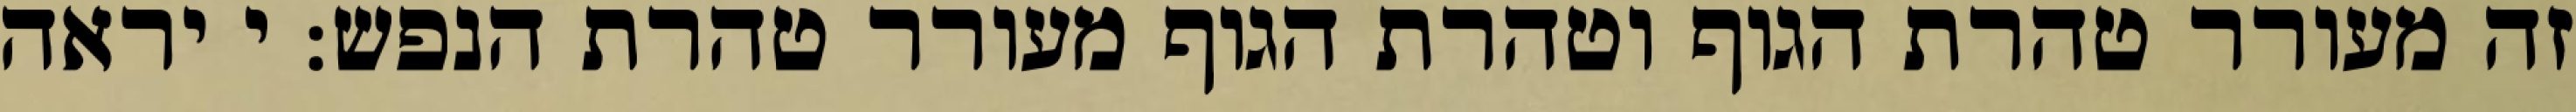
זה מעורר טהרת הגוף וטהרת הגוף מעורר טהרת הנפש: י יראה